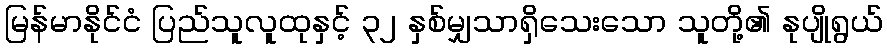
မြန်မာနိုင်ငံ ပြည်သူလူထုနှင့် ၃၂ နှစ်မျှသာရှိသေးသော သူတို့၏ နုပျိုရွယ်